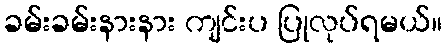
ခမ်းခမ်းနားနား ကျင်းပ ပြုလုပ်ရမယ်။